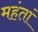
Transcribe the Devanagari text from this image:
महंतां